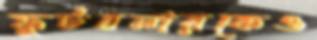
ফুটবলারকেও